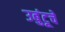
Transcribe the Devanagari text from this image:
उबुंटूचे